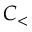
C _ { < }